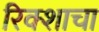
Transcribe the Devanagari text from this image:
रिक्शाचा